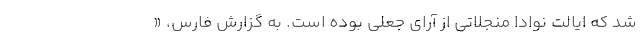
شد که ایالت نوادا منجلاتی از آرای جعلی بوده است. به گزارش فارس، «